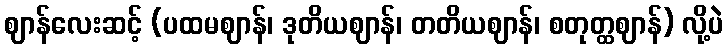
ဈာန်လေးဆင့် (ပထမဈာန်၊ ဒုတိယဈာန်၊ တတိယဈာန်၊ စတုတ္ထဈာန်) လို့ပဲ